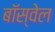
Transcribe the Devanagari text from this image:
बॉस्वेल